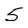
Character: 5